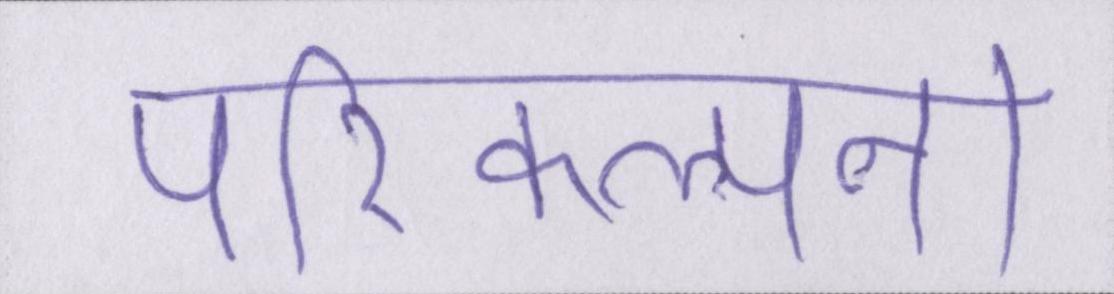
परिकल्पना